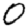
Digit: 0